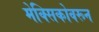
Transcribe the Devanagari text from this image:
मेक्सिकोवरून